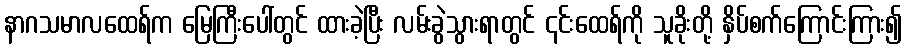
နာဂသမာလထေရ်က မြေကြီးပေါ်တွင် ထားခဲ့ပြီး လမ်းခွဲသွားရာတွင် ၎င်းထေရ်ကို သူခိုးတို့ နှိပ်စက်ကြောင်းကြား၍